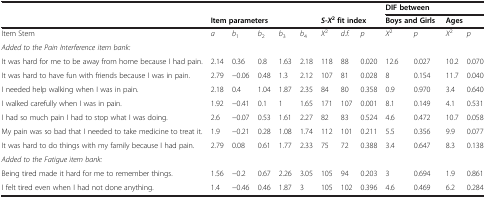
<table><thead><tr><td></td><td colspan="5"></td><td colspan="3"></td><td colspan="4"><b>DIF between</b></td></tr><tr><td></td><td colspan="5"><b>Item parameters</b></td><td colspan="3"><b><i>S</i>-<i>X</i><sup>2</sup>fit index</b></td><td colspan="2"><b>Boys and Girls</b></td><td colspan="2"><b>Ages</b></td></tr></thead><tbody><tr><td>Item Stem</td><td><i>a</i></td><td><i>b</i><sub>1</sub></td><td><i>b</i><sub>2</sub></td><td><i>b</i><sub>3</sub></td><td><i>b</i><sub>4</sub></td><td><i>X</i><sup>2</sup></td><td><i>d.f.</i></td><td><i>p</i></td><td><i>X</i><sup>2</sup></td><td><i>p</i></td><td><i>X</i><sup>2</sup></td><td><i>p</i></td></tr><tr><td><i>Added to the Pain Interference item bank:</i></td><td></td><td></td><td></td><td></td><td></td><td></td><td></td><td></td><td></td><td></td><td></td><td></td></tr><tr><td>It was hard for me to be away from home because I had pain.</td><td>2.14</td><td>0.36</td><td>0.8</td><td>1.63</td><td>2.18</td><td>118</td><td>88</td><td>0.020</td><td>12.6</td><td>0.027</td><td>10.2</td><td>0.070</td></tr><tr><td>It was hard to have fun with friends because I was in pain.</td><td>2.79</td><td>−0.06</td><td>0.48</td><td>1.3</td><td>2.12</td><td>107</td><td>81</td><td>0.028</td><td>8</td><td>0.154</td><td>11.7</td><td>0.040</td></tr><tr><td>I needed help walking when I was in pain.</td><td>2.18</td><td>0.4</td><td>1.04</td><td>1.87</td><td>2.35</td><td>84</td><td>80</td><td>0.358</td><td>0.9</td><td>0.970</td><td>3.4</td><td>0.640</td></tr><tr><td>I walked carefully when I was in pain.</td><td>1.92</td><td>−0.41</td><td>0.1</td><td>1</td><td>1.65</td><td>171</td><td>107</td><td>0.001</td><td>8.1</td><td>0.149</td><td>4.1</td><td>0.531</td></tr><tr><td>I had so much pain I had to stop what I was doing.</td><td>2.6</td><td>−0.07</td><td>0.53</td><td>1.61</td><td>2.27</td><td>82</td><td>83</td><td>0.524</td><td>4.6</td><td>0.472</td><td>10.7</td><td>0.058</td></tr><tr><td>My pain was so bad that I needed to take medicine to treat it.</td><td>1.9</td><td>−0.21</td><td>0.28</td><td>1.08</td><td>1.74</td><td>112</td><td>101</td><td>0.211</td><td>5.5</td><td>0.356</td><td>9.9</td><td>0.077</td></tr><tr><td>It was hard to do things with my family because I had pain.</td><td>2.79</td><td>0.08</td><td>0.61</td><td>1.77</td><td>2.33</td><td>75</td><td>72</td><td>0.388</td><td>3.4</td><td>0.647</td><td>8.3</td><td>0.138</td></tr><tr><td><i>Added to the Fatigue item bank:</i></td><td></td><td></td><td></td><td></td><td></td><td></td><td></td><td></td><td></td><td></td><td></td><td></td></tr><tr><td>Being tired made it hard for me to remember things.</td><td>1.56</td><td>−0.2</td><td>0.67</td><td>2.26</td><td>3.05</td><td>105</td><td>94</td><td>0.203</td><td>3</td><td>0.694</td><td>1.9</td><td>0.861</td></tr><tr><td>I felt tired even when I had not done anything.</td><td>1.4</td><td>−0.46</td><td>0.46</td><td>1.87</td><td>3</td><td>105</td><td>102</td><td>0.396</td><td>4.6</td><td>0.469</td><td>6.2</td><td>0.284</td></tr></tbody></table>